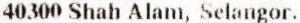
40300 SHAH ALAM, SELANGOR.